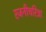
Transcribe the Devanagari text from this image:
रजनीचरित्रा